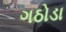
ગઠોડા